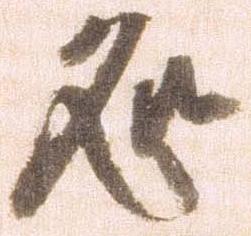
処